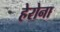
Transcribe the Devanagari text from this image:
हेरोना